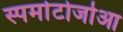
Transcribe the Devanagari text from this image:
स्पर्माटोजोआ